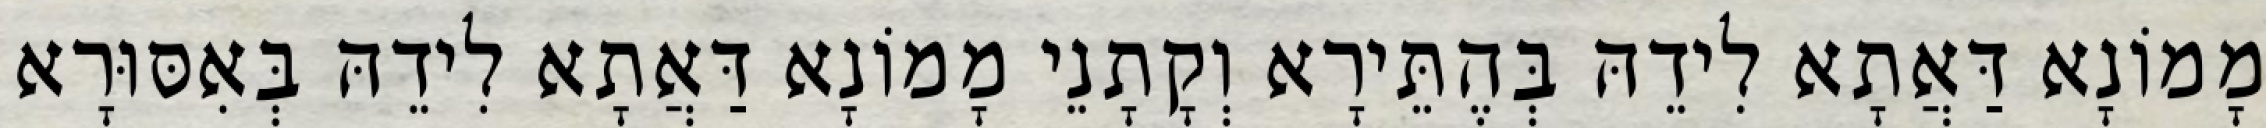
מָמוֹנָא דַּאֲתָא לִידֵהּ בְּהֶתֵּירָא וְקָתָנֵי מָמוֹנָא דַּאֲתָא לִידֵהּ בְּאִסּוּרָא